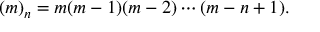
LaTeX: ( m ) _ { n } = m ( m - 1 ) ( m - 2 ) \cdots ( m - n + 1 ) .